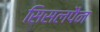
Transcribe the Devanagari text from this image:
सिसलपैन